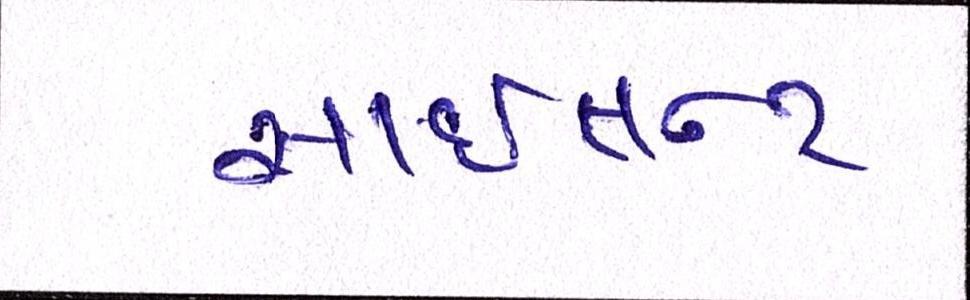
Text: સાઇલન્ટ